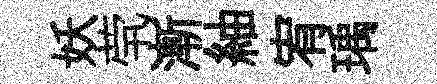
妖茕漸紬宥瑀